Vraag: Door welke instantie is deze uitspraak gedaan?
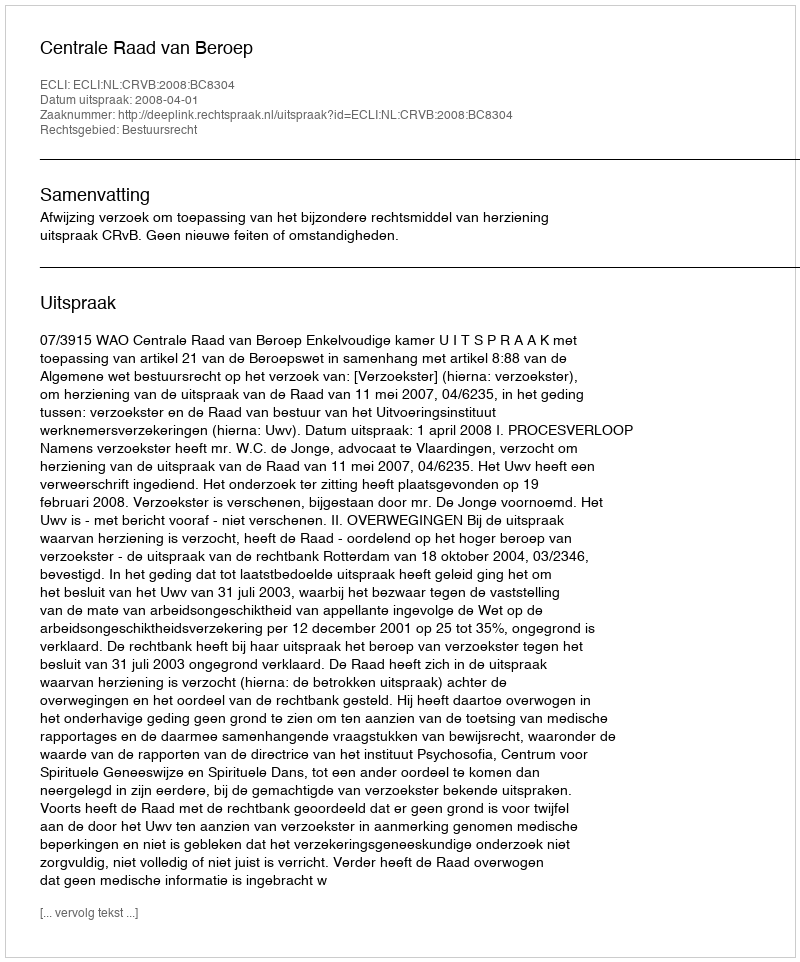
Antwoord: Centrale Raad van Beroep